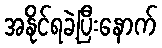
အနိုင်ရခဲ့ပြီးနောက်